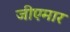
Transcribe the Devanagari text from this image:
जीएमार